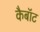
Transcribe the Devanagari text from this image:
कैबॉट